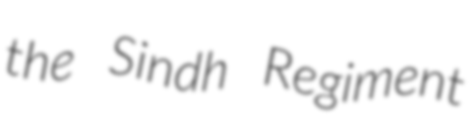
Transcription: the Sindh Regiment